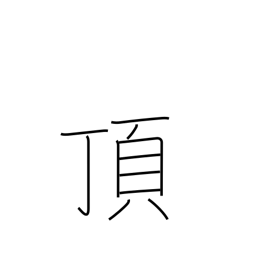
Meaning: receive